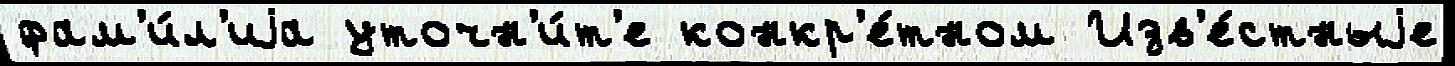
фам'и́л'иjа уточн'и́т'е конкр'е́тном Изв'е́стныjе